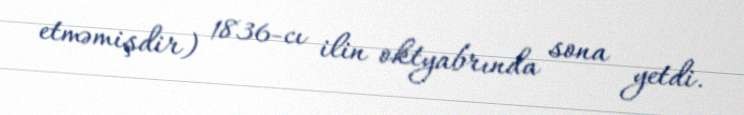
etməmişdir) 1836-cı ilin oktyabrında sona yetdi.